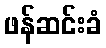
ဖန်ဆင်းခံ